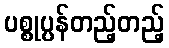
ပစ္စုပ္ပန်တည့်တည့်